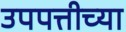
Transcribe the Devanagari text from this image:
उपपत्तीच्या